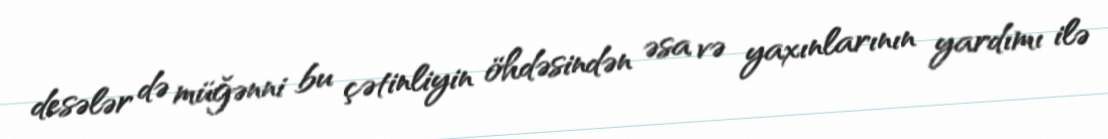
desələr də müğənni bu çətinliyin öhdəsindən əsa və yaxınlarının yardımı ilə